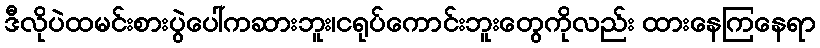
ဒီလိုပဲထမင်းစားပွဲပေါ်ကဆားဘူး၊ငရုပ်ကောင်းဘူးတွေကိုလည်း ထားနေကြနေရာ